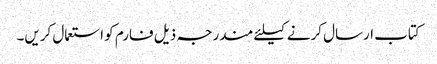
کتاب ارسال کرنے کیلئے مندرجہ ذیل فارم کو استعمال کریں۔